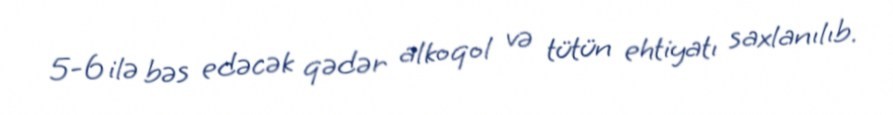
5-6 ilə bəs edəcək qədər alkoqol və tütün ehtiyatı saxlanılıb.